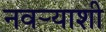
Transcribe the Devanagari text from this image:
नवर्‍याशी